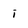
Character: i